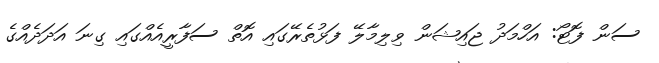
ސަން ފޮޓޯ: އަހްމަދު ޖައިޝަން ވިލިމާލޭ ފަޅުތެރޭގައި އޮތް ސަފާރީއެއްގައި ގިނަ އަދަދެއްގެ